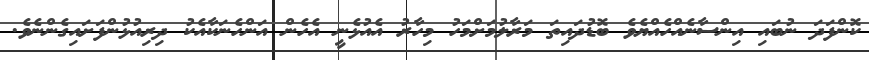
ކޮންފަދަ ނުބައި އިންސާނެއްހެއްޔެވެ ބޮޑުދައިތަ މަރާލުމަށްމަހު މިހާރު އެއުޅެނީ އެހެން އަންހެނަކާއެކު ދިރިއުޅުންފަށައިގެންނެވެ.